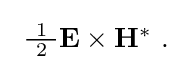
{\textstyle \ {\tfrac {\ 1\ }{2}}\mathbf {E} \times \mathbf {H} ^{*}~.}